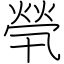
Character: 煢